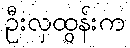
ဦးလှထွန်းက